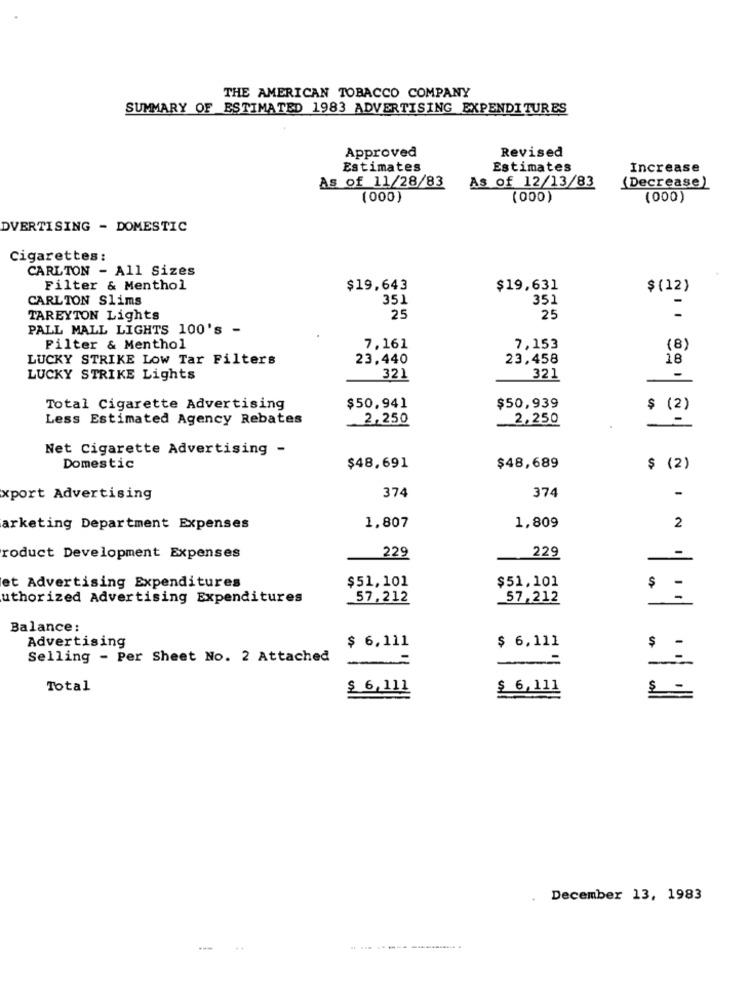
THE AMERICAN TOBACCO COMPANY
SUMMARY OF ESTIMATED 1983 ADVERTISING EXPENDITURES
Approved
Revised
Estimates
Estimates
Increase
As of 11/28/83
As of 12/13/83
(Decrease)
(000)
(000)
(000)
DVERTISING - DOMESTIC
Cigarettes:
CARLTON - All Sizes
Filter & Menthol
$19,643
$19,631
$(12)
CARLTON Slims
351
351
TAREYTON Lights
25
25
PALL MALL LIGHTS 100's -
Filter & Menthol
7,161
7,153
(8)
LUCKY STRIKE Low Tar Filters
23,440
23,458
18
LUCKY STRIKE Lights
321
321
$50.941
$50,939
Total Cigarette Advertising
$ (2)
Less Estimated Agency Rebates
2,250
2,250
Net Cigarette Advertising -
Domestic
$48,691
$48,689
$ (2)
374
374
-
xport Advertising
2
arketing Department Expenses
1,807
1,809
-
roduct Development Expenses
229
229
et Advertising Expenditures
$51,101
$51,101
$ -
uthorized Advertising Expenditures
57,212
57,212
Balance:
Advertising
$ 6,111
$ 6,111
$
-
Selling - Per Sheet No. 2 Attached
-=
-=
Total
$ 6,111
$ 6,111
December 13, 1983
-